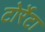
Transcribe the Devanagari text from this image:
टोर्रेटा